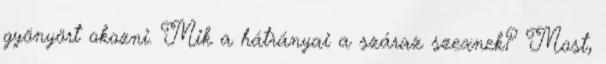
gyönyört okozni. Mik a hátrányai a száraz szexnek? Most,